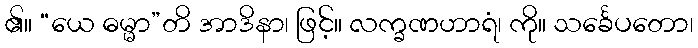
၏။ “ယေ ဓမ္မာ”တိ အာဒိနာ၊ ဖြင့်။ လက္ခဏဟာရံ၊ ကို။ သင်္ခေပတော၊